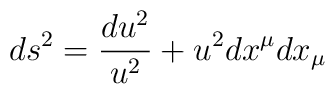
ds^2 = {du^2 \over u^2} + u^2 dx^\mu dx_\mu